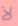
لآ